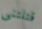
قتلتني